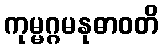
ကုမ္မဂ္ဂမနုဓာဝတိ